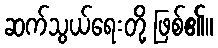
ဆက်သွယ်ရေးတို့ ဖြစ်၏။